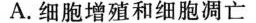
A.细胞增殖和细胞凋亡